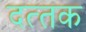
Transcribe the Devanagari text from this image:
दत्‍तक